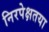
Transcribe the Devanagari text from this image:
निरपेक्षतया